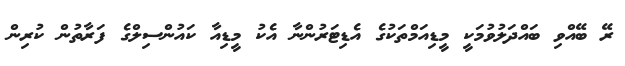
ރޭ ބޭއްވި ބައްދަލުވުމަކީ މީޑިއަމްތަކުގެ އެޑިޓަރުންނާ އެކު މީޑިއާ ކައުންސިލްގެ ފަރާތުން ކުރިން